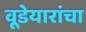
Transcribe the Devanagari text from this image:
वूडेयारांचा